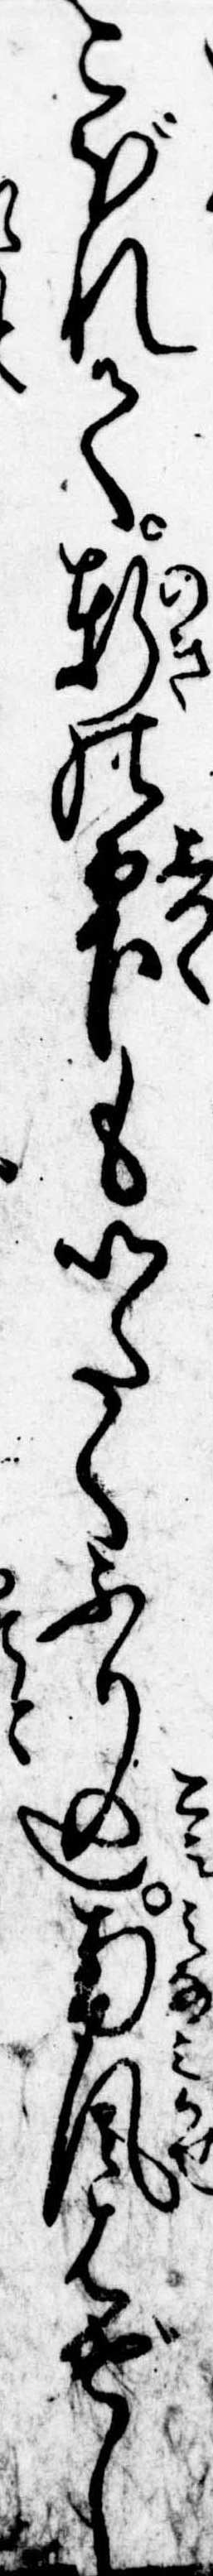
こぼれて軒の雫もいたくふり込南風はげし